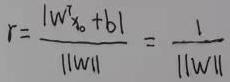
$r=\frac{\left|w^{T}x_{0}+b\right|}{\|w\|}=\frac{1}{\|w\|}$